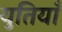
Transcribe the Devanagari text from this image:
युतियाँ